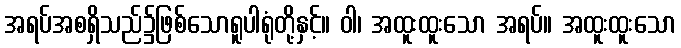
အရပ်အစရှိသည်၌ဖြစ်သောရူပါရုံတို့နှင့်။ ဝါ၊ အထူးထူးသော အရပ်။ အထူးထူးသော